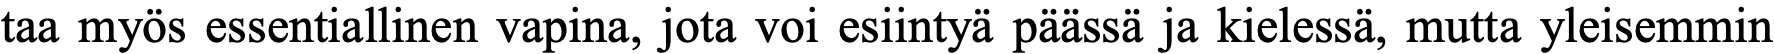
taa myös essentiallinen vapina, jota voi esiintyä päässä ja kielessä, mutta yleisemmin